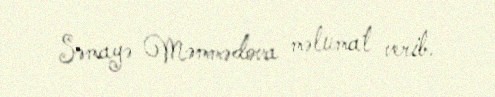
Səmayə Məmmədova məlumat verib.